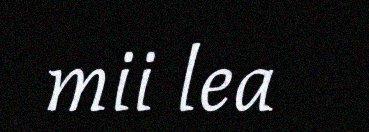
mii lea